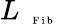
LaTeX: L_{\mathrm{~\tiny~\textnormal~{~F~i~b~}~}}